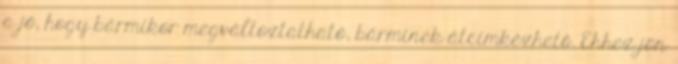
a jó, hogy bármikor megváltoztatható, bárminek átcímkézhető. Ehhez jön